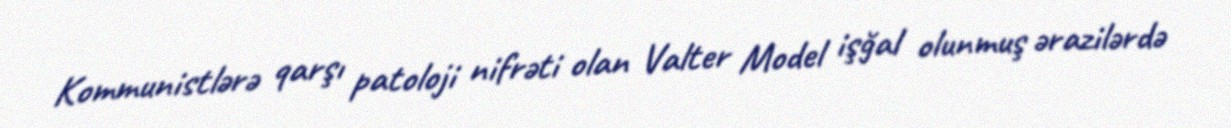
Kommunistlərə qarşı patoloji nifrəti olan Valter Model işğal olunmuş ərazilərdə